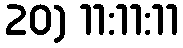
20) 11:11:11